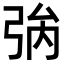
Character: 𢏟